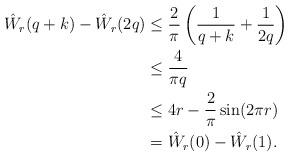
\begin{align*} \hat W_r(q+k)-\hat W_r(2q) & \le \frac{2}{\pi}\left( \frac{1}{q+k}+\frac{1}{2q}\right)\\ &\le \frac{4}{\pi q}\\ &\le 4r-\frac{2}{\pi}\sin(2\pi r)\\ &=\hat W_r(0)-\hat W_r(1).\end{align*}